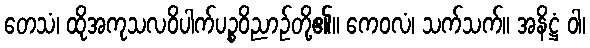
တေသံ၊ ထိုအကုသလဝိပါက်ပဉ္စဝိညာဉ်တို့၏။ ကေဝလံ၊ သက်သက်။ အနိဋ္ဌံ ဝါ၊